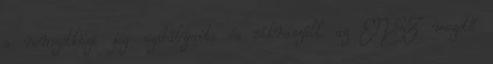
a nemzetközi jog szabályait, és síkraszáll az ENSZ vezető